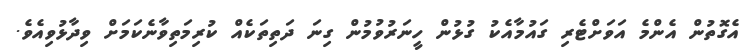
އެގޮތުން އެންމެ އަވަށްޓެރި ގައުމާއެކު ގުޅުން ހީނަރުވުމުން ގިނަ ދަތިތަކެއް ކުރިމަތިވާނެކަމަށް ވިދާޅުވިއެވެ.